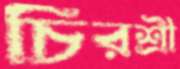
চিরশ্রী